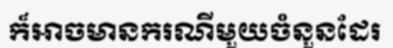
ក៏អាចមានករណីមួយចំនួនដែរ